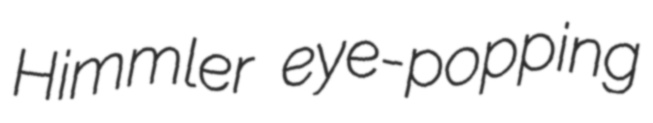
Himmler eye-popping